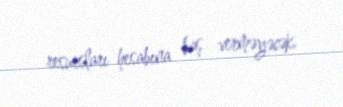
resursları hesabına baş verməyəcək.